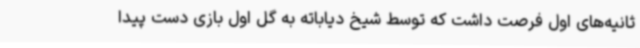
ثانیه‌های اول فرصت داشت که توسط شیخ دیاباته به گل اول بازی دست پیدا